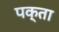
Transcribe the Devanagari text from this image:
पक्ता